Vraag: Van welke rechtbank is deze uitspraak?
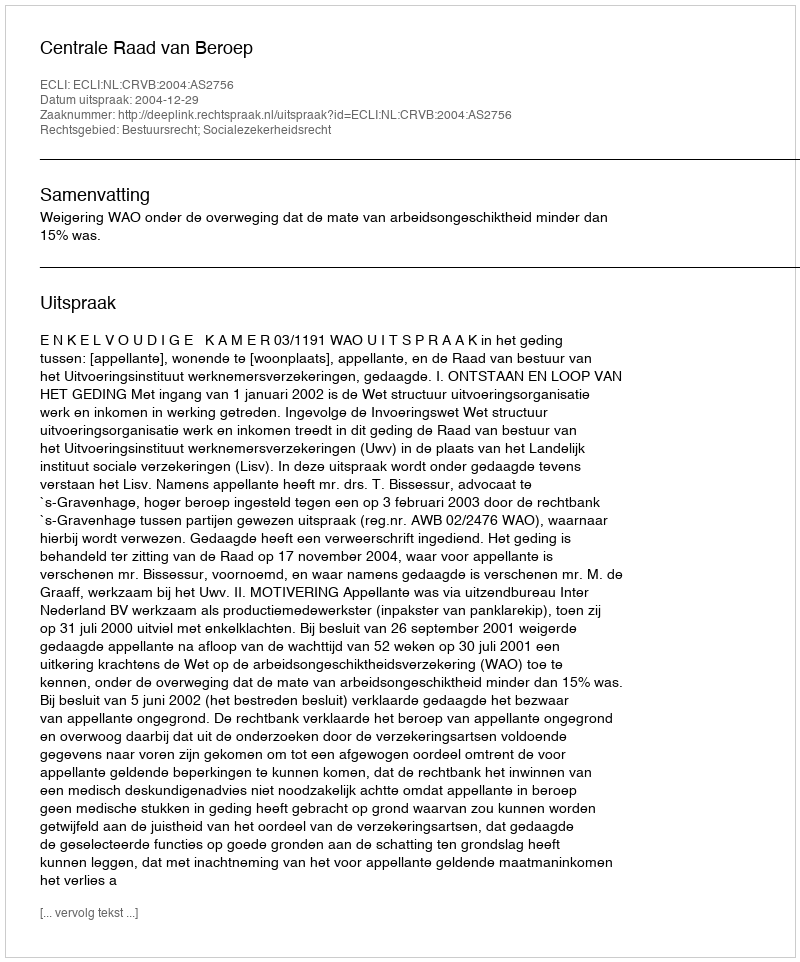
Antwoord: Centrale Raad van Beroep